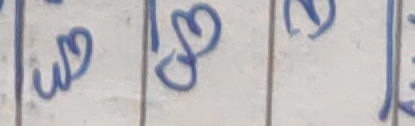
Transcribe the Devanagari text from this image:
उ१८२इ